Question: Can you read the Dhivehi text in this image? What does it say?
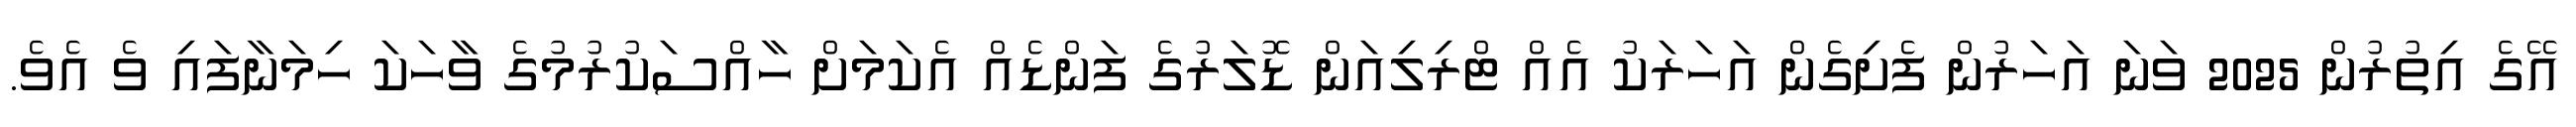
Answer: އޭގެ އިތުރުން 2025 ވަނަ އަހަރުން ފެށިގެން އަހަރަކު އެއް ޓްރިލިއަން ޑޮލަރުގެ ފަންޑެއް އެކަމަށް ހާއްސަކުރުމުގެ ވާހަކަ ހިމަނާފައި ވެ އެވެ.